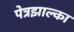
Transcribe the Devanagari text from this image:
पेत्रझाल्का